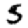
Digit: 5